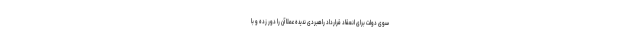
سوی دولت برای انعقاد قرارداد راهبردی ندیده عملا آن را دور زده و با